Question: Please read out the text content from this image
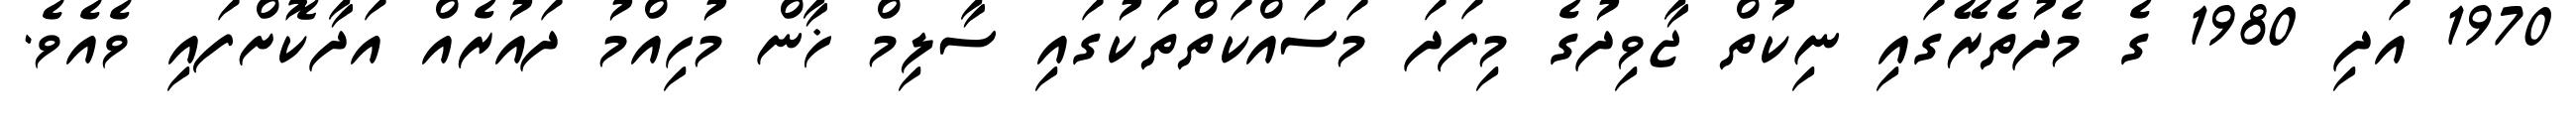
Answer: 1970 އަދި 1980 ގެ މެދުތެރޭގައި ނިކުތް ޖާވިދުގެ މިފަދަ މަސައްކަތްތަކުގައި ސާލިމް ޚާން މުހިއްމު ދައުރެއް އަދާކޮށްފައި ވެއެވެ.